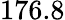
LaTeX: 176.8